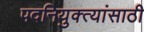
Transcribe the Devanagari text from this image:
पदनियुक्त्यांसाठी